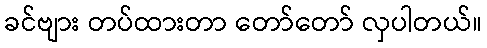
ခင်ဗျား တပ်ထားတာ တော်တော် လှပါတယ်။